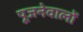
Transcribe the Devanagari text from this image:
पूजनेवालों